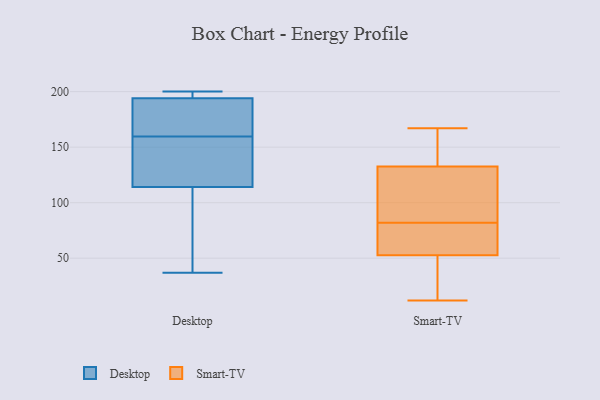
{"axis": {"x": "Temperature (°C)", "y": "Value"}, "legend": ["Desktop", "Smart-TV"], "data": [{"x": "", "y": 161, "type": "Desktop"}, {"x": "", "y": 37, "type": "Desktop"}, {"x": "", "y": 158, "type": "Desktop"}, {"x": "", "y": 148, "type": "Desktop"}, {"x": "", "y": 70, "type": "Desktop"}, {"x": "", "y": 134, "type": "Desktop"}, {"x": "", "y": 169, "type": "Desktop"}, {"x": "", "y": 197, "type": "Desktop"}, {"x": "", "y": 94, "type": "Desktop"}, {"x": "", "y": 199, "type": "Desktop"}, {"x": "", "y": 200, "type": "Desktop"}, {"x": "", "y": 191, "type": "Desktop"}, {"x": "", "y": 18, "type": "Smart-TV"}, {"x": "", "y": 138, "type": "Smart-TV"}, {"x": "", "y": 162, "type": "Smart-TV"}, {"x": "", "y": 82, "type": "Smart-TV"}, {"x": "", "y": 12, "type": "Smart-TV"}, {"x": "", "y": 67, "type": "Smart-TV"}, {"x": "", "y": 75, "type": "Smart-TV"}, {"x": "", "y": 91, "type": "Smart-TV"}, {"x": "", "y": 135, "type": "Smart-TV"}, {"x": "", "y": 121, "type": "Smart-TV"}, {"x": "", "y": 146, "type": "Smart-TV"}, {"x": "", "y": 48, "type": "Smart-TV"}, {"x": "", "y": 80, "type": "Smart-TV"}, {"x": "", "y": 21, "type": "Smart-TV"}, {"x": "", "y": 42, "type": "Smart-TV"}, {"x": "", "y": 104, "type": "Smart-TV"}, {"x": "", "y": 125, "type": "Smart-TV"}, {"x": "", "y": 71, "type": "Smart-TV"}, {"x": "", "y": 167, "type": "Smart-TV"}]}